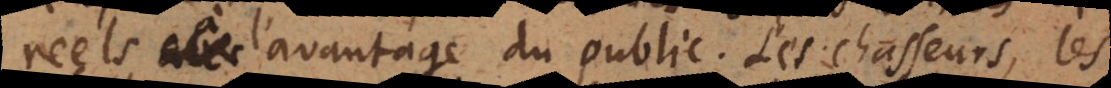
reels à l’avantage du public. Les chasseurs, les